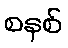
စနစ်